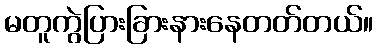
မတူကွဲပြားခြားနားနေတတ်တယ်။